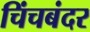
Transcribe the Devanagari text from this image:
चिंचबंदर